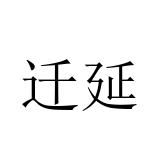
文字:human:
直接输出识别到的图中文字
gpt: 迁延